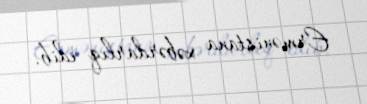
Ermənistana xəbərdarlıq edib.